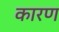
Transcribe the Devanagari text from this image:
कारण